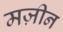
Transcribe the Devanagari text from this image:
मज़ीन